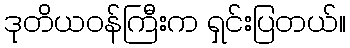
ဒုတိယဝန်ကြီးက ရှင်းပြတယ်။